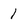
Character: 1